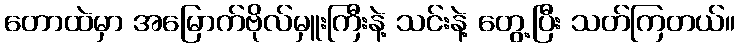
တောထဲမှာ အမြောက်ဗိုလ်မှူးကြီးနဲ့ သင်းနဲ့ တွေ့ပြီး သတ်ကြတယ်။